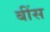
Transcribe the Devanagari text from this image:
बींस